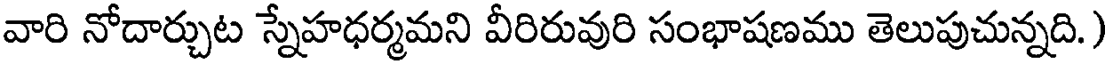
వారి నోదార్చుట స్నేహధర్మమని వీరిరువురి సంభాషణము తెలుపుచున్నది.)